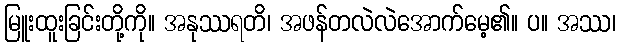
မြူးထူးခြင်းတို့ကို။ အနုဿရတိ၊ အဖန်တလဲလဲအောက်မေ့၏။ ပ။ အဿ၊